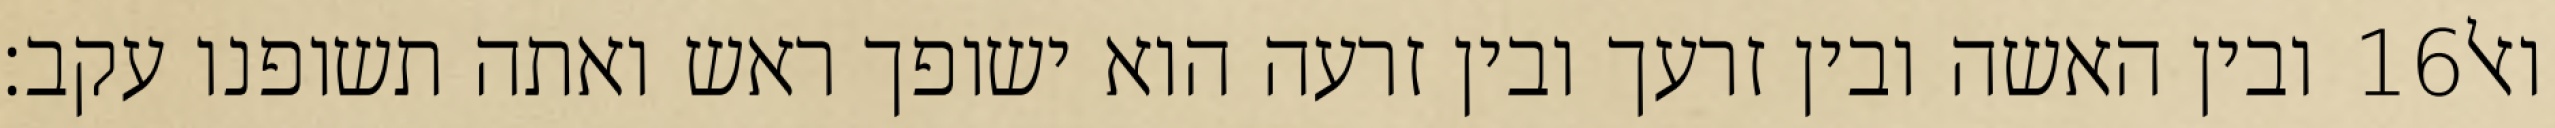
ובין האשה ובין זרעך ובין זרעה הוא ישופך ראש ואתה תשופנו עקב׃ ‎16‏ ואל